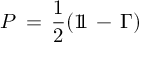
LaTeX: P \, = \, \frac { 1 } { 2 } ( 1 \! \! 1 \, - \, \Gamma )